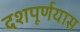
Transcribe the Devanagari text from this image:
दशपूर्णयास